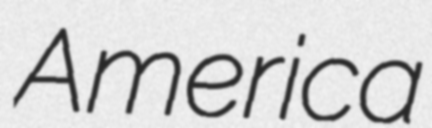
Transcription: America